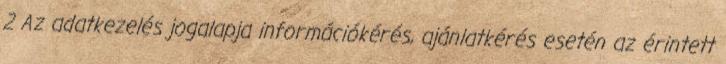
2 Az adatkezelés jogalapja információkérés, ajánlatkérés esetén az érintett